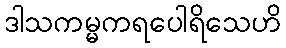
ဒါသကမ္မကရပေါရိသေဟိ